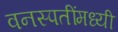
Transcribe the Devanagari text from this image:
वनस्पतींमध्यी